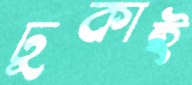
ঢুকাই